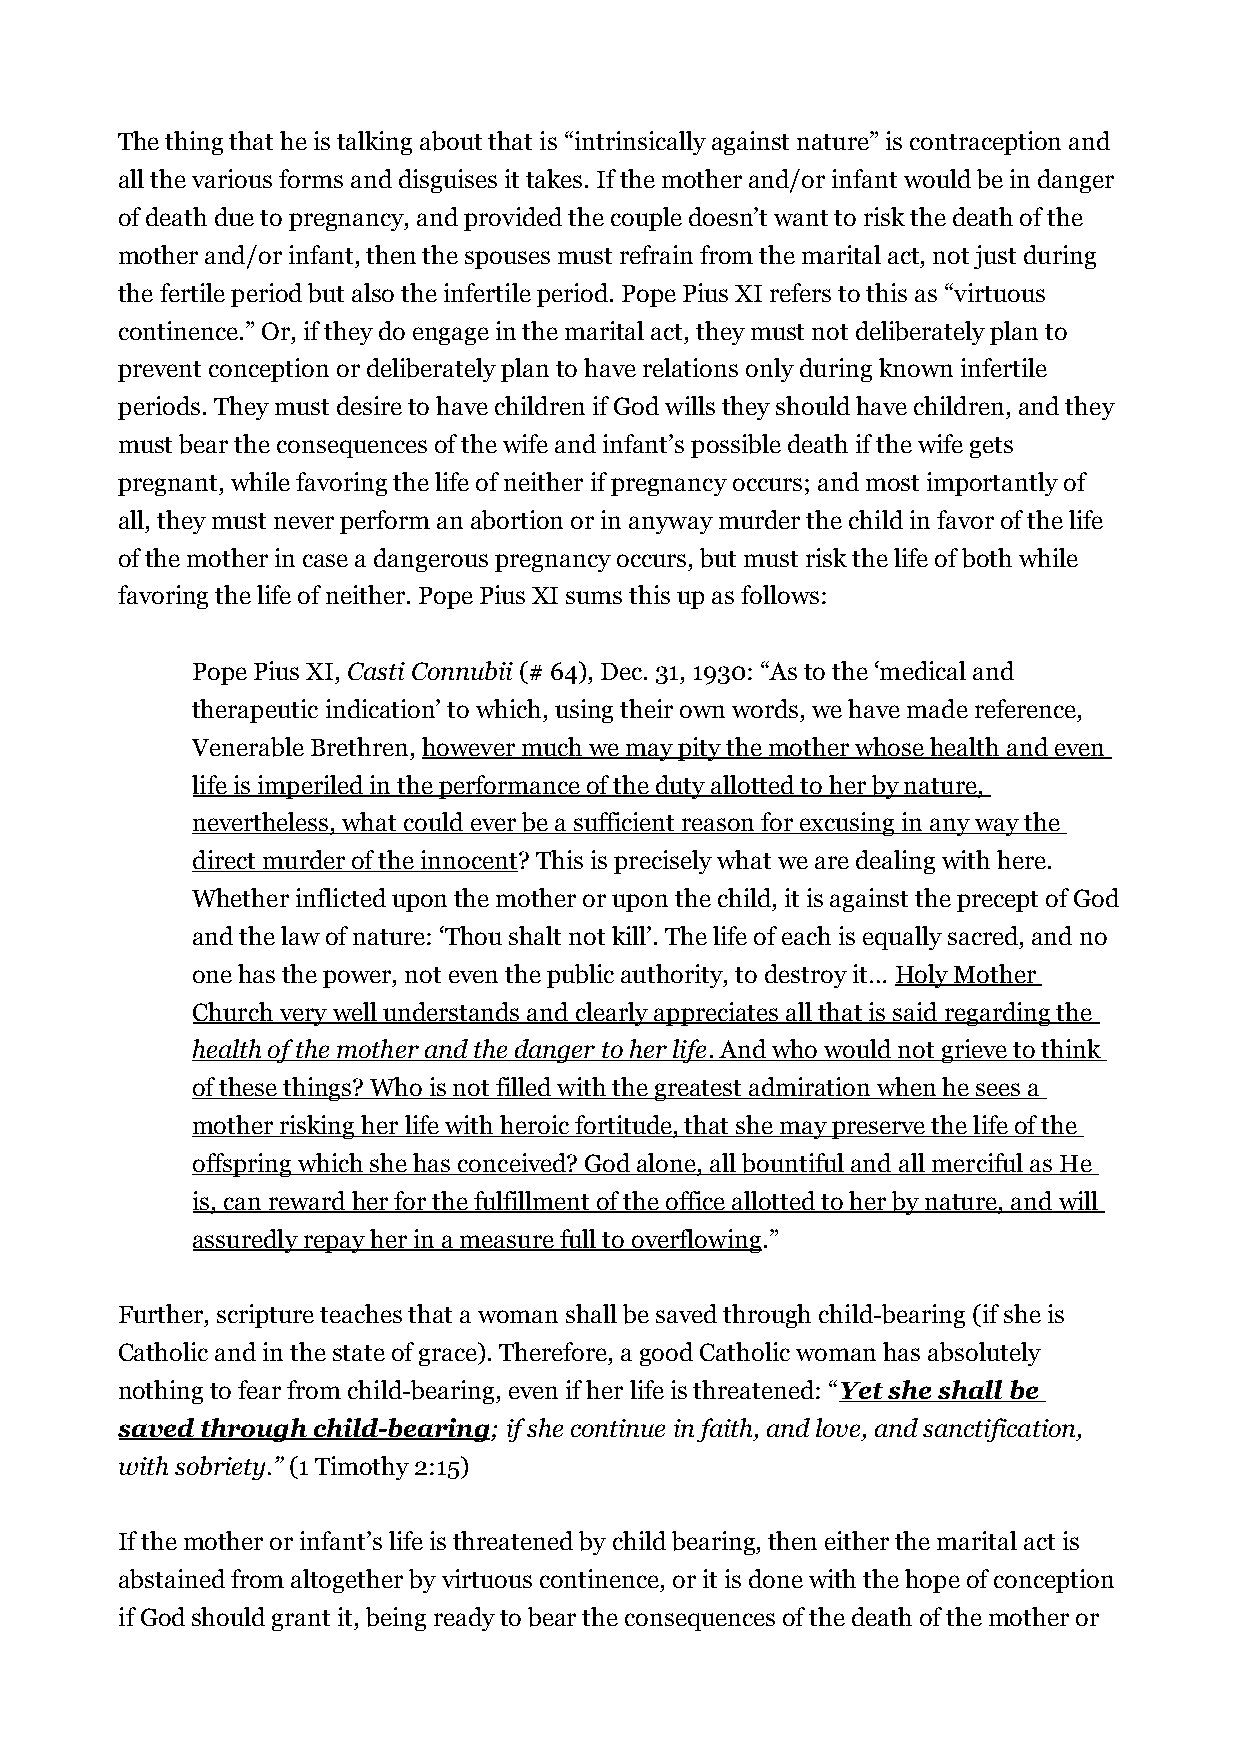
The thing that he is talking about that is “intrinsically against nature” is contraception and
 all the various forms and disguises it takes. If the mother and/or infant would be in danger
 of death due to pregnancy, and provided the couple doesn’t want to risk the death of the
 mother and/or infant, then the spouses must refrain from the marital act, not just during
 the fertile period but also the infertile period. Pope Pius XI refers to this as “virtuous
 continence.” Or, if they do engage in the marital act, they must not deliberately plan to
 prevent conception or deliberately plan to have relations only during known infertile
 periods. They must desire to have children if God wills they should have children, and they
 must bear the consequences of the wife and infant’s possible death if the wife gets
 pregnant, while favoring the life of neither if pregnancy occurs; and most importantly of
 all, they must never perform an abortion or in anyway murder the child in favor of the life
 of the mother in case a dangerous pregnancy occurs, but must risk the life of both while
 favoring the life of neither. Pope Pius XI sums this up as follows:
 Pope Pius XI, Casti Connubii (# 64), Dec. 31, 1930: “As to the ‘medical and
 therapeutic indication’ to which, using their own words, we have made reference,
 Venerable Brethren, however much we may pity the mother whose health and even
 life is imperiled in the performance of the duty allotted to her by nature,
 nevertheless, what could ever be a sufficient reason for excusing in any way the
 direct murder of the innocent? This is precisely what we are dealing with here.
 Whether inflicted upon the mother or upon the child, it is against the precept of God
 and the law of nature: ‘Thou shalt not kill’. The life of each is equally sacred, and no
 one has the power, not even the public authority, to destroy it… Holy Mother
 Church very well understands and clearly appreciates all that is said regarding the
 health of the mother and the danger to her life . And who would not grieve to think
 of these things? Who is not filled with the greatest admiration when he sees a
 mother risking her life with heroic fortitude, that she may preserve the life of the
 offspring which she has conceived? God alone, all bountiful and all merciful as He
 is, can reward her for the fulfillment of the office allotted to her by nature, and will
 assuredly repay her in a measure full to overflowing.”
 Further, scripture teaches that a woman shall be saved through child-bearing (if she is
 Catholic and in the state of grace). Therefore, a good Catholic woman has absolutely
 nothing to fear from child-bearing, even if her life is threatened: “Yet she shall be
 saved through child-bearing; if she continue in faith, and love, and sanctification,
 with sobriety.” (1 Timothy 2:15)
 If the mother or infant’s life is threatened by child bearing, then either the marital act is
 abstained from altogether by virtuous continence, or it is done with the hope of conception
 if God should grant it, being ready to bear the consequences of the death of the mother or